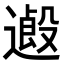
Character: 𨖏